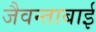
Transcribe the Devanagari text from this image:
जैवन्ताबाई